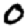
Digit: 0